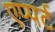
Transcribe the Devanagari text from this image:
एप्पर्ट